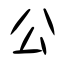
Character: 公